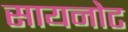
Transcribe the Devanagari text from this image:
सायनोट